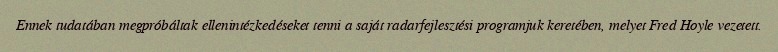
Ennek tudatában megpróbáltak ellenintézkedéseket tenni a saját radarfejlesztési programjuk keretében, melyet Fred Hoyle vezetett.